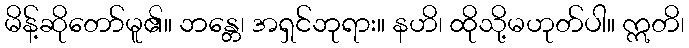
မိန့်ဆိုတော်မူ၏။ ဘန္တေ၊ အရှင်ဘုရား။ နဟိ၊ ထိုသို့မဟုတ်ပါ။ ဣတိ၊